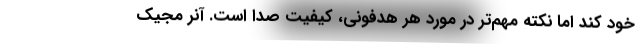
خود کند اما نکته مهم‌تر در مورد هر هدفونی، کیفیت صدا است. آنر مجیک